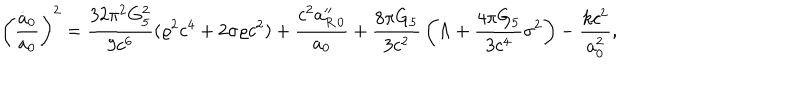
\left( { \frac { \dot { a } _ { 0 } } { a _ { 0 } } } \right) ^ { 2 } = { \frac { 3 2 \pi ^ { 2 } G _ { 5 } ^ { 2 } } { 9 c ^ { 6 } } } ( \varrho ^ { 2 } c ^ { 4 } + 2 \sigma \varrho c ^ { 2 } ) + { \frac { c ^ { 2 } a _ { R \, 0 } ^ { \prime \prime } } { a _ { 0 } } } + { \frac { 8 \pi G _ { 5 } } { 3 c ^ { 2 } } } \left( \Lambda + { \frac { 4 \pi G _ { 5 } } { 3 c ^ { 4 } } } \sigma ^ { 2 } \right) - { \frac { k c ^ { 2 } } { a _ { 0 } ^ { 2 } } } ,